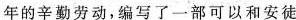
年的辛勤劳动，编写了一部可以和安徒